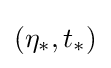
(\eta _{*},t_{*})